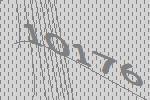
10176